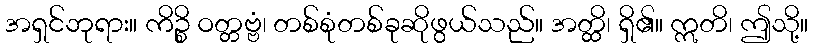
အရှင်ဘုရား။ ကိဉ္စိ ဝတ္တဗ္ဗံ၊ တစ်စုံတစ်ခုဆိုဖွယ်သည်။ အတ္ထိ၊ ရှိ၏။ ဣတိ၊ ဤသို့။